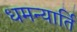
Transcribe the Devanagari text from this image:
धमन्यार्ति